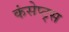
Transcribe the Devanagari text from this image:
कंसेप्ट्स